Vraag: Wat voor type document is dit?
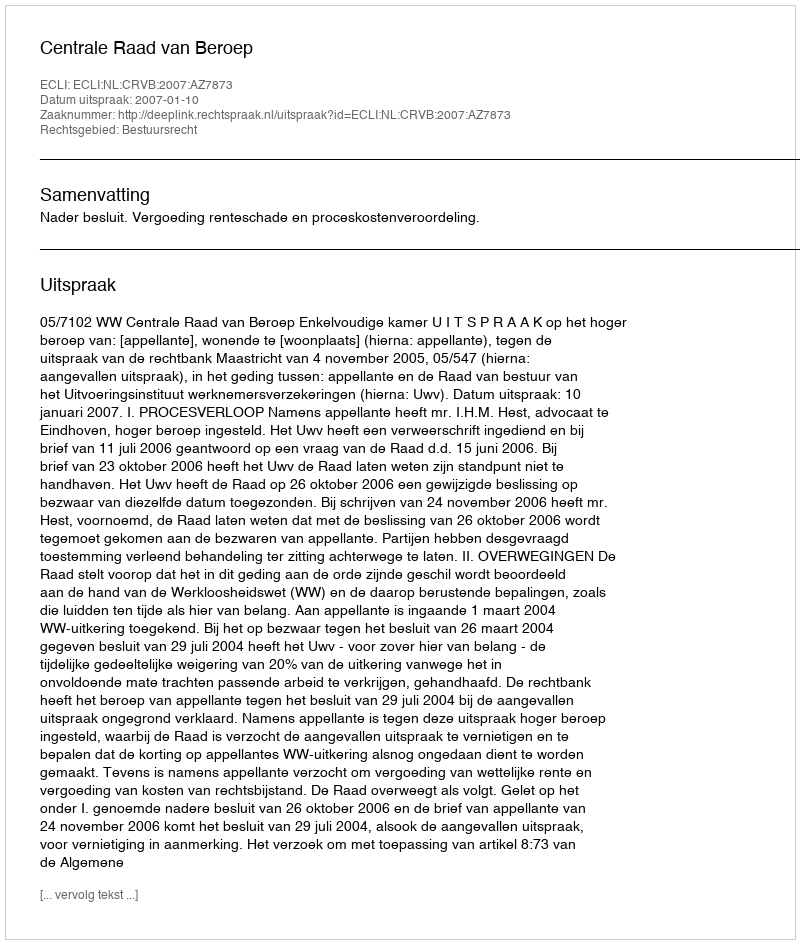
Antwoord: Uitspraak